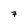
Character: 7